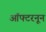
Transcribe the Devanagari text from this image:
ऑफ्टरनून